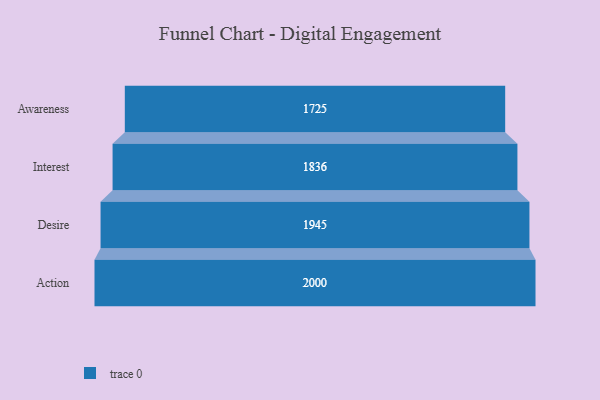
{"axis": {"x": "Stage", "y": "Value"}, "legend": [""], "data": [{"x": "Awareness", "y": 1725.0, "type": ""}, {"x": "Interest", "y": 1836.0, "type": ""}, {"x": "Desire", "y": 1945.0, "type": ""}, {"x": "Action", "y": 2000, "type": ""}]}